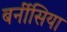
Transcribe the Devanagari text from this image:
बर्नीसिया